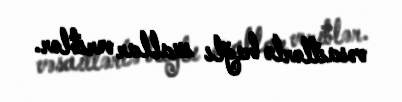
vəsaitlərlə bağlı suallar veriblər.